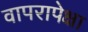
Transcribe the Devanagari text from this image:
वापरापेक्षा